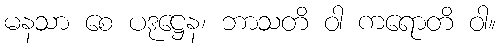
မနသာ စေ ပဒုဋ္ဌေန၊ ဘာသတိ ဝါ ကရောတိ ဝါ။